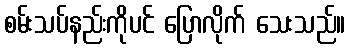
စမ်းသပ်နည်းကိုပင် ပြောလိုက် သေးသည်။